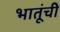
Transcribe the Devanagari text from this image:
भातूंची